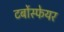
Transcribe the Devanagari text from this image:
टर्बोस्फेयर